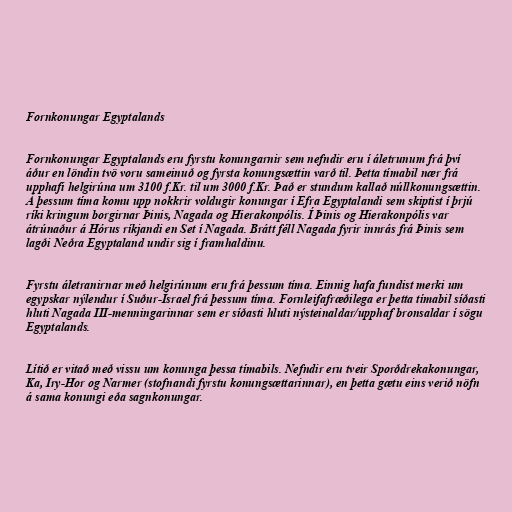
Fornkonungar Egyptalands

Fornkonungar Egyptalands eru fyrstu konungarnir sem nefndir eru í áletrunum frá því
áður en löndin tvö voru sameinuð og fyrsta konungsættin varð til. Þetta tímabil nær frá
upphafi helgirúna um 3100 f.Kr. til um 3000 f.Kr. Það er stundum kallað núllkonungsættin.
Á þessum tíma komu upp nokkrir voldugir konungar í Efra Egyptalandi sem skiptist í þrjú
ríki kringum borgirnar Þinis, Nagada og Hierakonpólis. Í Þinis og Hierakonpólis var
átrúnaður á Hórus ríkjandi en Set í Nagada. Brátt féll Nagada fyrir innrás frá Þinis sem
lagði Neðra Egyptaland undir sig í framhaldinu.

Fyrstu áletranirnar með helgirúnum eru frá þessum tíma. Einnig hafa fundist merki um
egypskar nýlendur í Suður-Ísrael frá þessum tíma. Fornleifafræðilega er þetta tímabil síðasti
hluti Nagada III-menningarinnar sem er síðasti hluti nýsteinaldar/upphaf bronsaldar í sögu
Egyptalands.

Lítið er vitað með vissu um konunga þessa tímabils. Nefndir eru tveir Sporðdrekakonungar,
Ka, Iry-Hor og Narmer (stofnandi fyrstu konungsættarinnar), en þetta gætu eins verið nöfn
á sama konungi eða sagnkonungar.